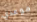
موعدي